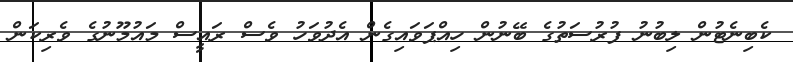
ކެބިނެޓުން ލިބުނު ފުރުސަތުގެ ބޭނުން ހިއްޕަވައިގެން އެދުވަހު ވެސް ރައީސް މައުމޫނުގެ ވެރިކަން